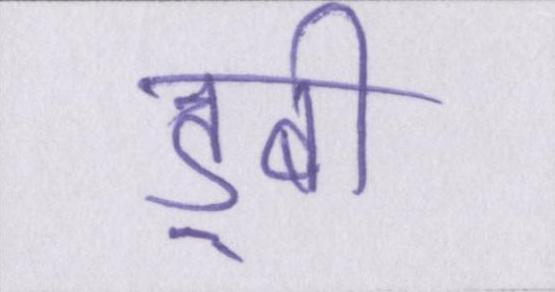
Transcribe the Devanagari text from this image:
डूबी